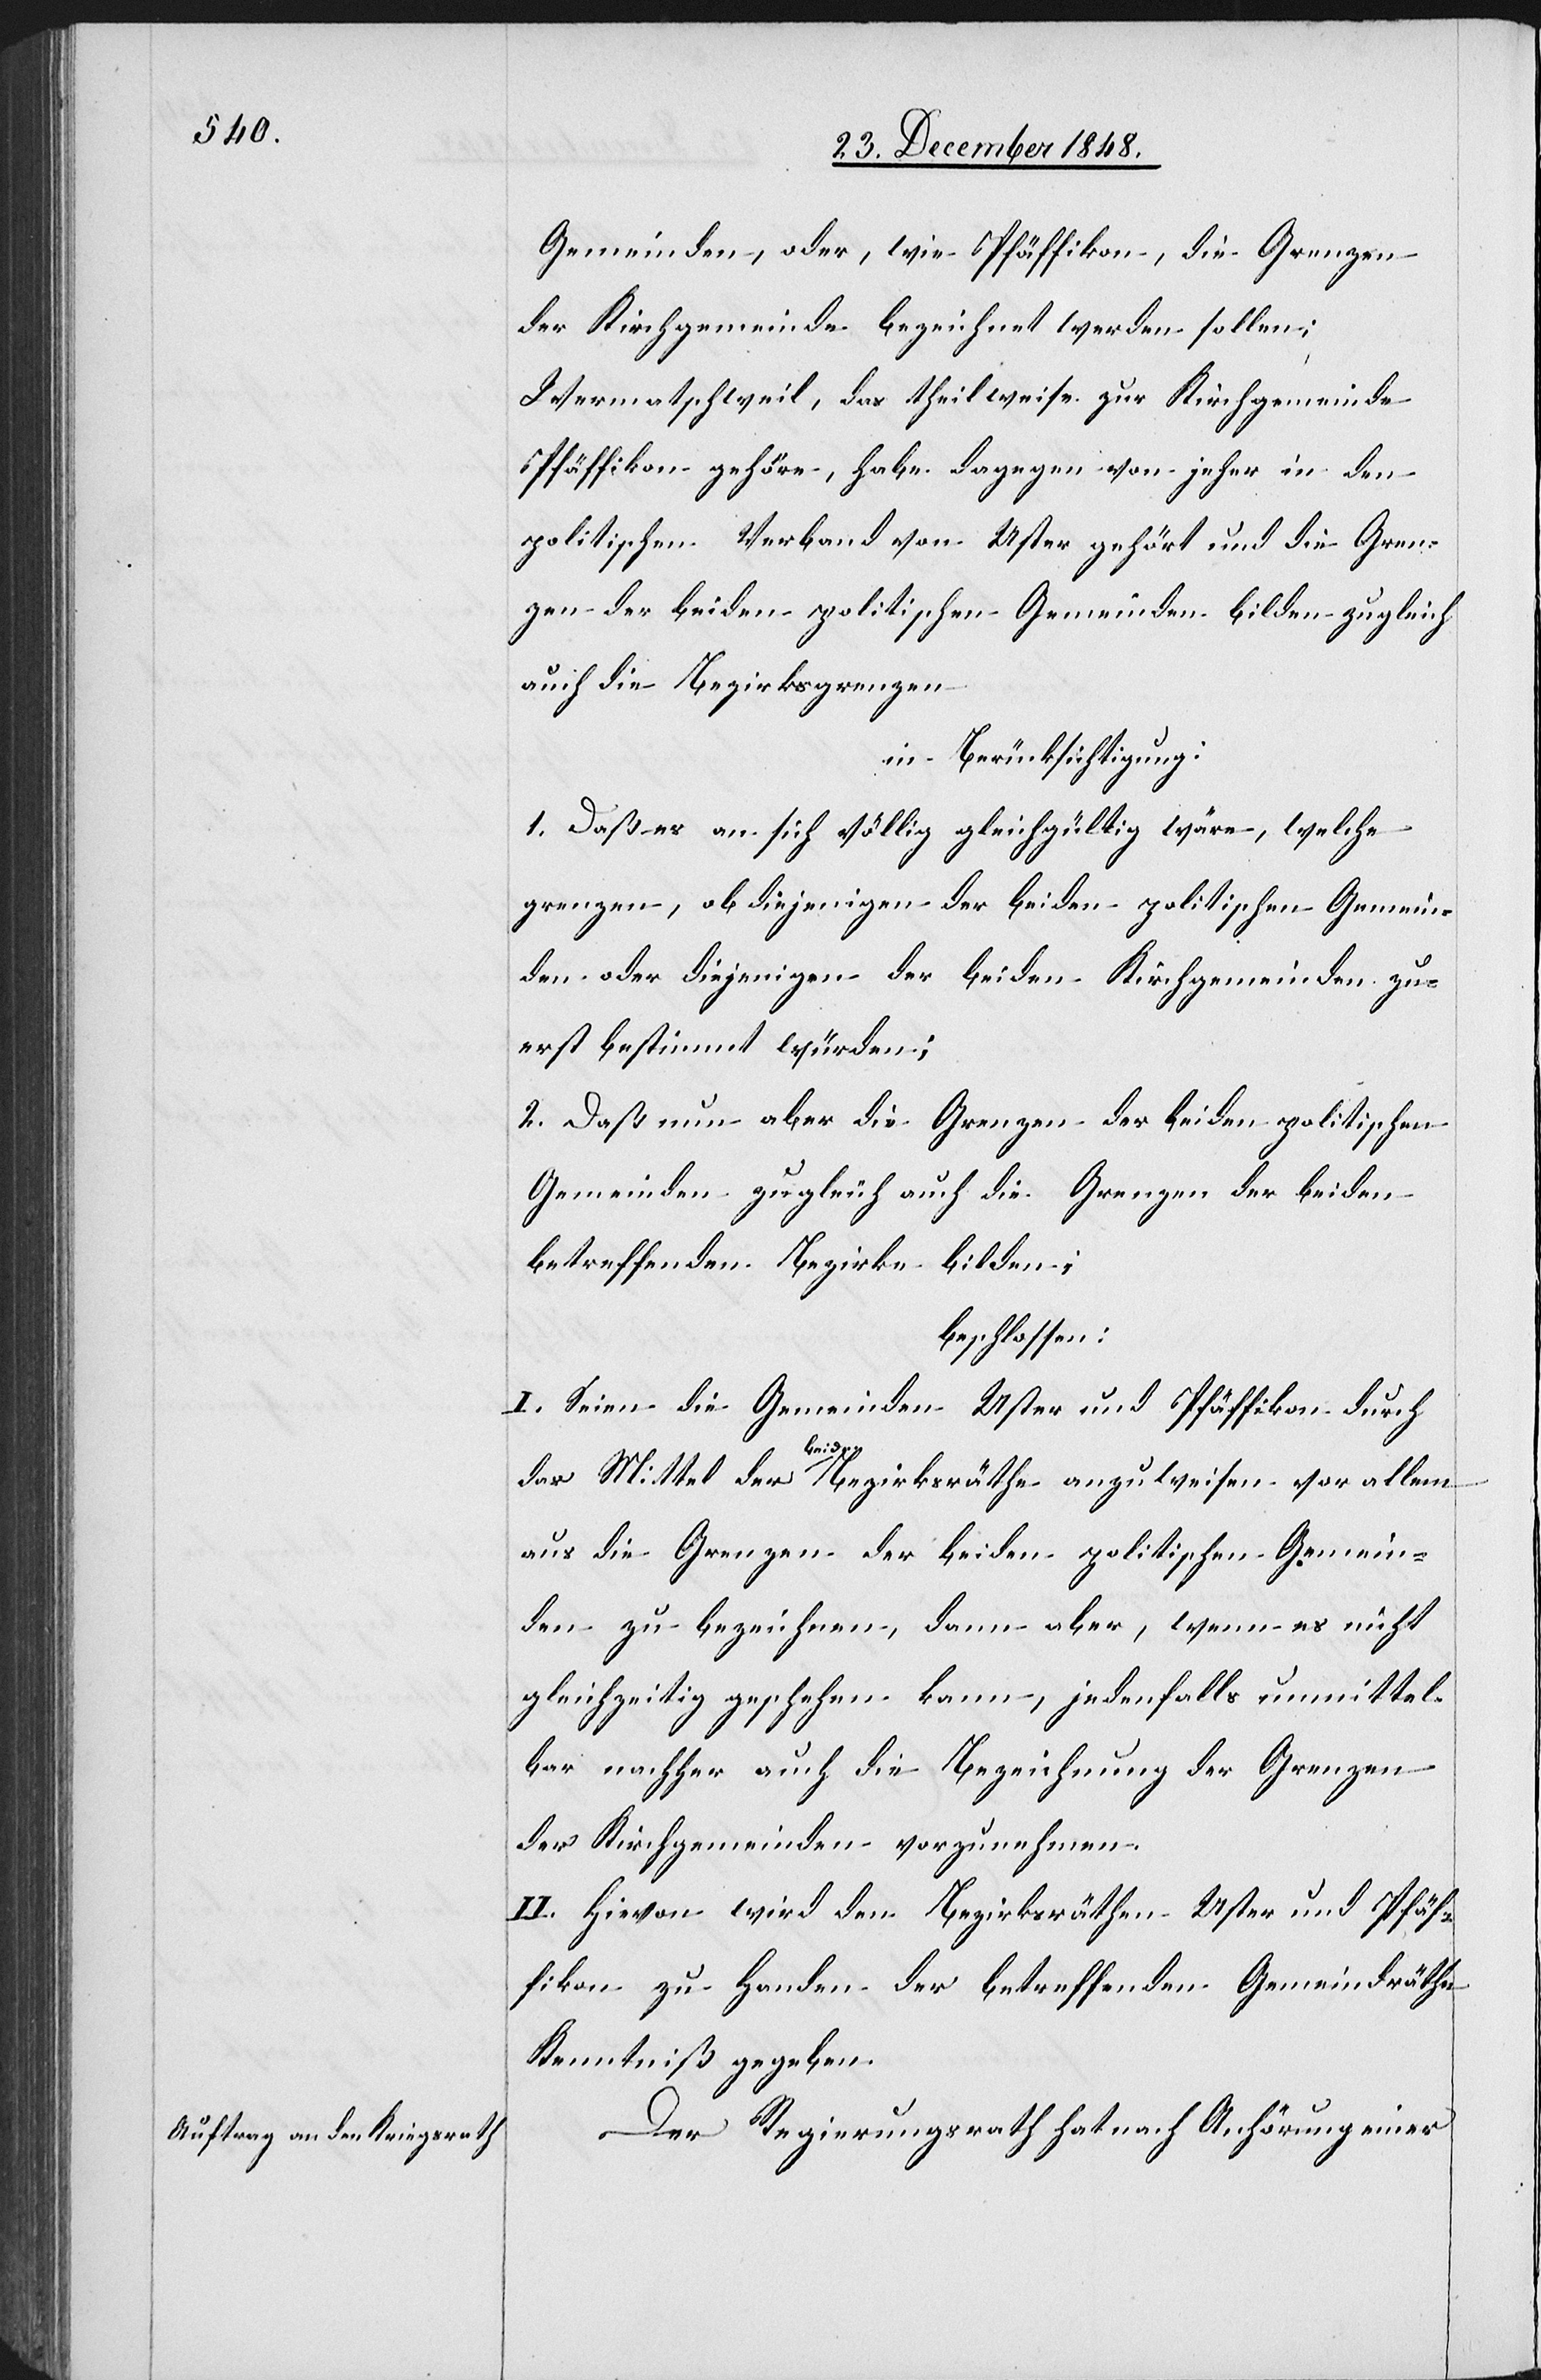
Gemeinden, oder, wie Pfäffikon, die Grenzen
der Kirchgemeinde bezeichnet werden sollen;
Wermatschweil, das theilweise zur Kirchgemeinde
Pfäffikon gehöre, habe dagegen von jeher in den
politischen Verband von Uster gehört und die Gren¬
zen der beiden politischen Gemeinden bilden zugleich
auch die Bezirksgrenzen
in Berücksichtigung:
1. Daß es an sich völlig gleichgültig wäre, welche
grenzen, ob diejenigen der beiden politischen Gemein¬
den oder diejenigen der beiden Kirchgemeinden zu¬
erst bestimmt würden;
2. Daß nun aber die Grenzen der beiden politischen
Gemeinden zugleich auch die Grenzen der beiden
betreffenden Bezirke bilden;
beschlossen:
I. Seien die Gemeinden Uster und Pfäffikon durch
das Mittel der beiden Bezirksräthe anzuweisen vor allem
aus die Grenzen der beiden politischen Gemein¬
den zu bezeichnen, dann aber, wenn es nicht
gleichzeitig geschehen kann, jedenfalls unmittel¬
bar nachher auch die Bezeichnung der Grenzen
der Kirchgemeinden vorzunehmen.
II. Hievon wird den Bezirksräthen Uster und Pfäf¬
fikon zu Handen der betreffenden Gemeindräthe
Kenntniß gegeben.
Der Regierungsrath hat nach Anhörung einer